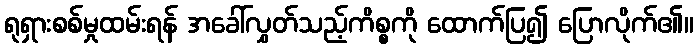
ရုရှားစစ်မှုထမ်းရန် အခေါ်လွှတ်သည့်ကိစ္စကို ထောက်ပြ၍ ပြောလိုက်၏။